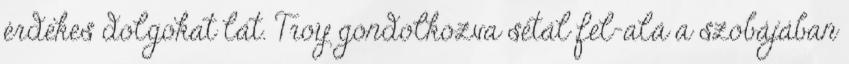
érdekes dolgokat lát. Troy gondolkozva sétál fel-alá a szobájában